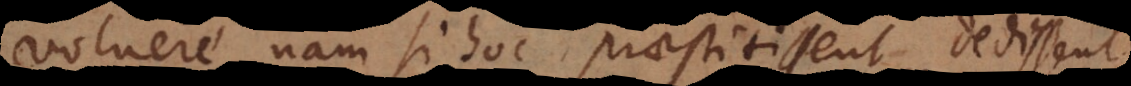
voluere, nam si hoc praestitissent, dedissent